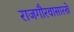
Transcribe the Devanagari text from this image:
राजगौरवासारखे